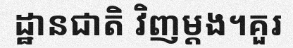
ដ្ឋានជាតិ វិញម្តង។គួរ